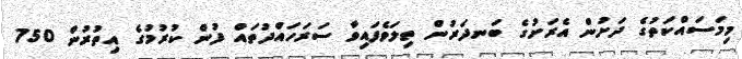
މިމަސައްކަތުގެ ދަށުން އެރަށުގެ ބަނދަރުން ތިލަވެފައިވާ ސަރަހައްދުތައް ފުން ކުރުމުގެ އިތުރުން 750